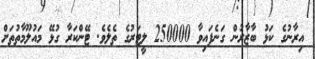
އިރާނުގެ ކަޅު ބާޒާރުން ގަނެފައިވާ 250000 ލީޓަރުގެ ތެލެވެ. ޓޭންކަރާ ގުޅޭ މައުލޫމާތުތަށް